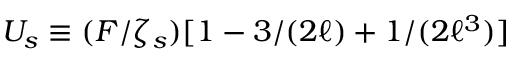
U _ { s } \equiv ( F / \zeta _ { s } ) [ 1 - 3 / ( 2 \ell ) + 1 / ( 2 \ell ^ { 3 } ) ]